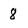
Character: 8